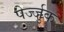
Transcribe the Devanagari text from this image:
पेर्ज्जुक